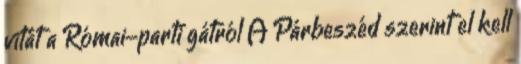
vitát a Római-parti gátról A Párbeszéd szerint el kell